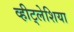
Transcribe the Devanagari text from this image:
व्हीट्लेशिया